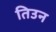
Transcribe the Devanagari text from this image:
तिउन